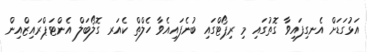
އަޅުގަޑަށް އެނގިފައިވާ ގޮތުގައި މި ރިޕޯޓްގައި ބުނެފައިއެވާ ހެލްތް ކެއަރ ގޮލޯބަލް އެންޓަޕްރައިޒްއިން